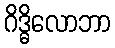
ဂိဒ္ဓိလောဘာ